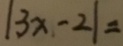
\vert 3 x + 2 \vert =